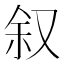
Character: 叙